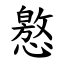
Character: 㦘